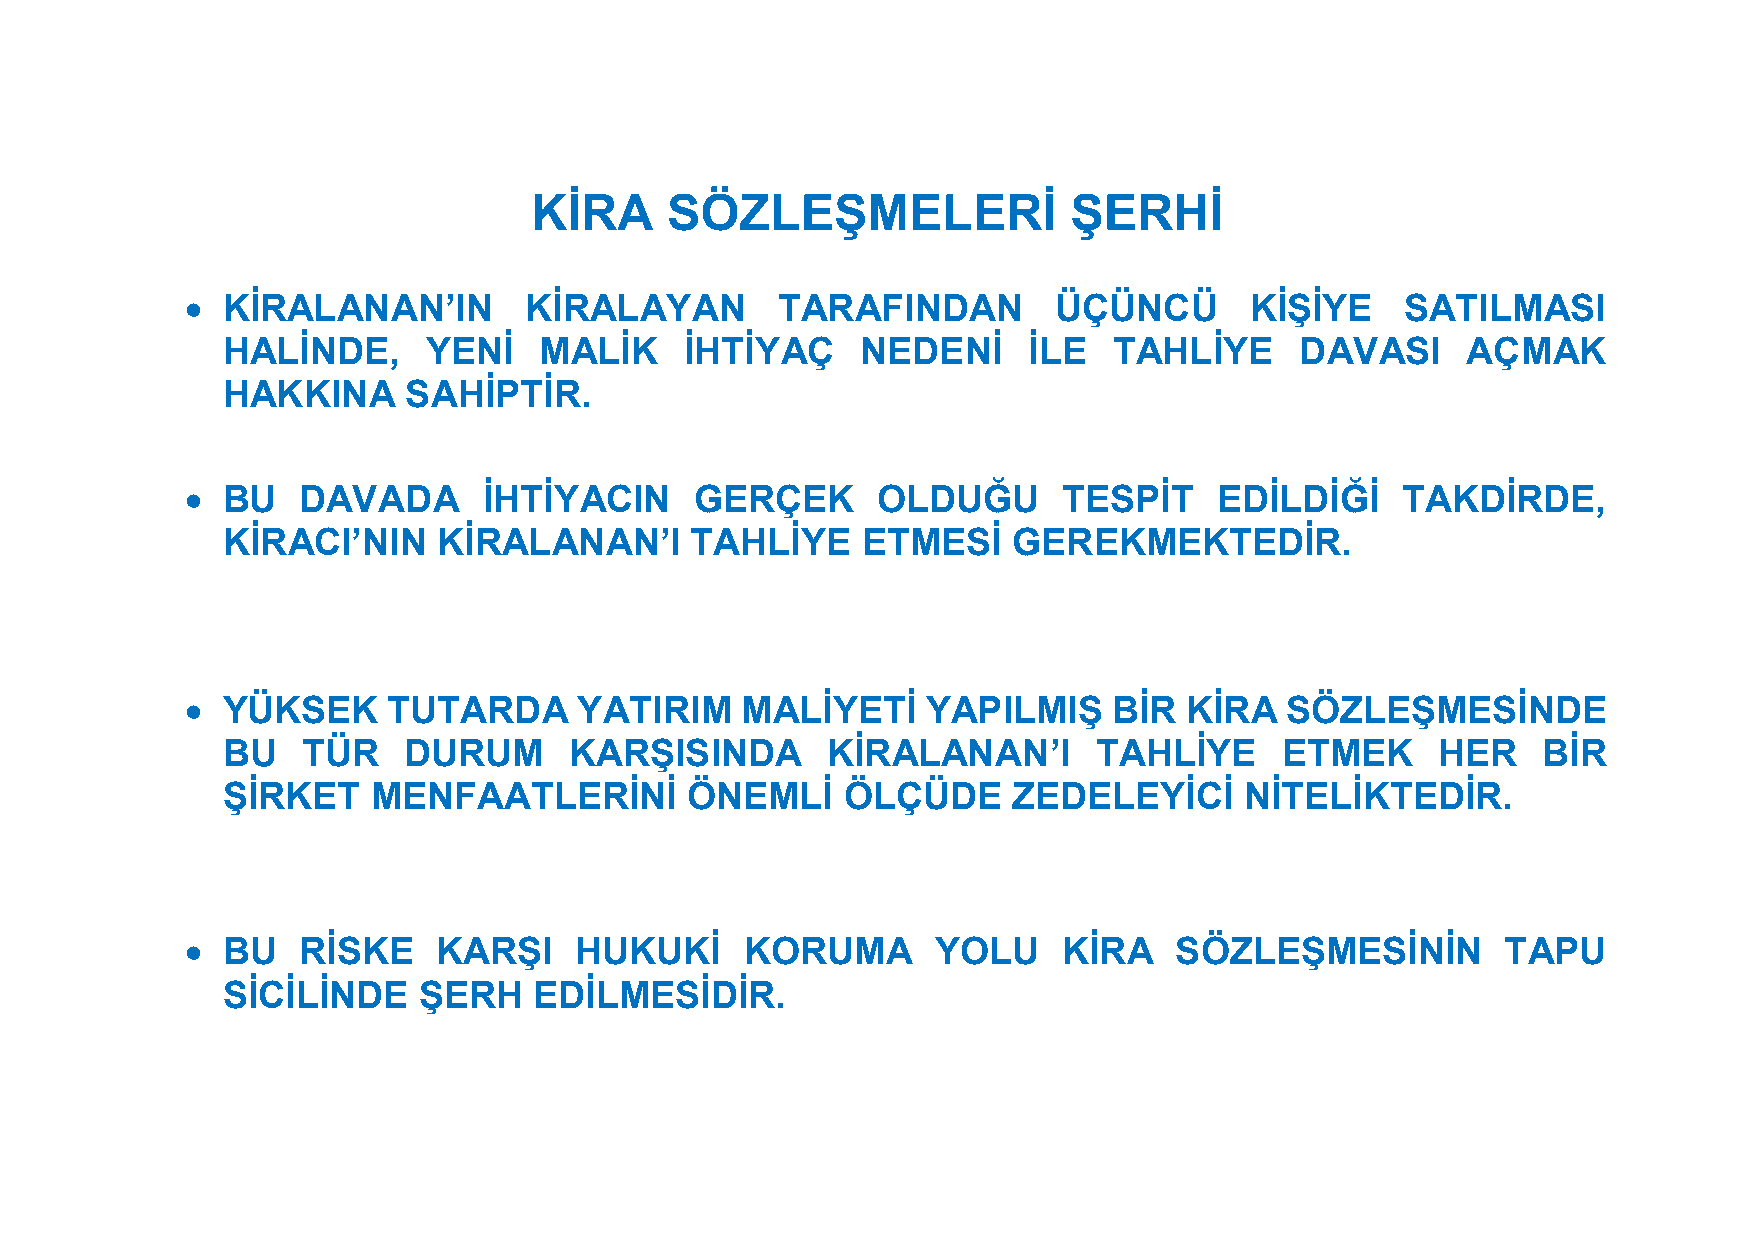
KİRA     SÖZLEŞMELERİ               ŞERHİ
   KİRALANAN’IN        KİRALAYAN       TARAFINDAN         ÜÇÜNCÜ       KİŞİYE    SATILMASI
 HALİNDE,     YENİ    MALİK    İHTİYAÇ     NEDENİ     İLE   TAHLİYE     DAVASI     AÇMAK
 HAKKINA     SAHİPTİR.
   BU   DAVADA      İHTİYACIN     GERÇEK      OLDUĞU      TESPİT     EDİLDİĞİ    TAKDİRDE,
 KİRACI’NIN    KİRALANAN’I      TAHLİYE    ETMESİ    GEREKMEKTEDİR.
   YÜKSEK     TUTARDA     YATIRIM    MALİYETİ    YAPILMIŞ     BİR KİRA   SÖZLEŞMESİNDE
 BU   TÜR    DURUM      KARŞISINDA       KİRALANAN’I       TAHLİYE     ETMEK     HER    BİR
 ŞİRKET    MENFAATLERİNİ       ÖNEMLİ     ÖLÇÜDE     ZEDELEYİCİ     NİTELİKTEDİR.
   BU   RİSKE    KARŞI    HUKUKİ     KORUMA       YOLU    KİRA    SÖZLEŞMESİNİN         TAPU
 SİCİLİNDE    ŞERH   EDİLMESİDİR.